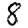
Digit: 8